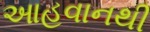
આહવાનથી